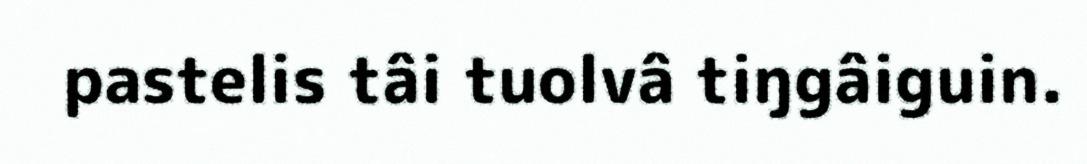
pastelis tâi tuolvâ tiŋgâiguin.